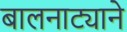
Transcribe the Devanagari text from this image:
बालनाट्याने